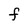
Character: F